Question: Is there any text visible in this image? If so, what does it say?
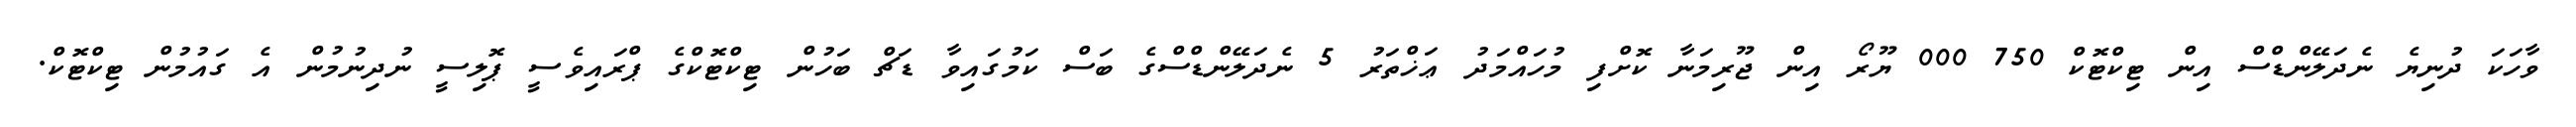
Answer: ވާހަކަ ދުނިޔެ ނެދަލޭންޑްސް އިން ޓިކްޓޮކް 750 000 ޔޫރޯ އިން ޖޫރިމަނާ ކޮށްފި މުހައްމަދު ޢަޚްތަރު 5 ނެދަލޭންޑްސްގެ ބަސް ކަމުގައިވާ ޑަޗް ބަހުން ޓިކްޓޮކްގެ ޕްރައިވެސީ ޕޮލިސީ ނުދިނުމުން އެ ގައުމުން ޓިކްޓޮކް.